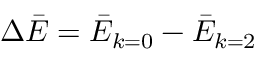
\Delta \bar { E } = \bar { E } _ { k = 0 } - \bar { E } _ { k = 2 }